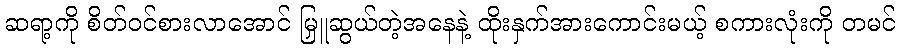
ဆရာ့ကို စိတ်ဝင်စားလာအောင် မြှူဆွယ်တဲ့အနေနဲ့ ထိုးနှက်အားကောင်းမယ့် စကားလုံးကို တမင်